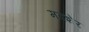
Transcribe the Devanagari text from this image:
मदशेर